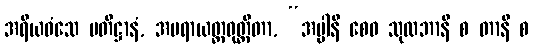
အရိယဝံသေ ပတိဋ္ဌာနံ, အပရာယတ္တဝုတ္တိတာ, “အပ္ပါနိ စေဝ သုလဘာနိ စ တာနိ စ